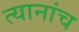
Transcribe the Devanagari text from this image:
त्यानांच